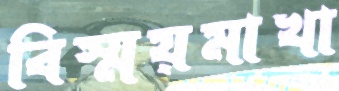
বিস্ময়মাখা